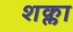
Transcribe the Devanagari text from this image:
शक्ला